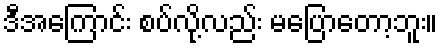
ဒီအကြောင်း စပ်လို့လည်း မပြောတော့ဘူး။